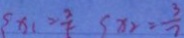
\{ x _ { 1 } > \frac { 2 } { 5 } \{ x _ { 2 } = \frac { 3 } { 7 }